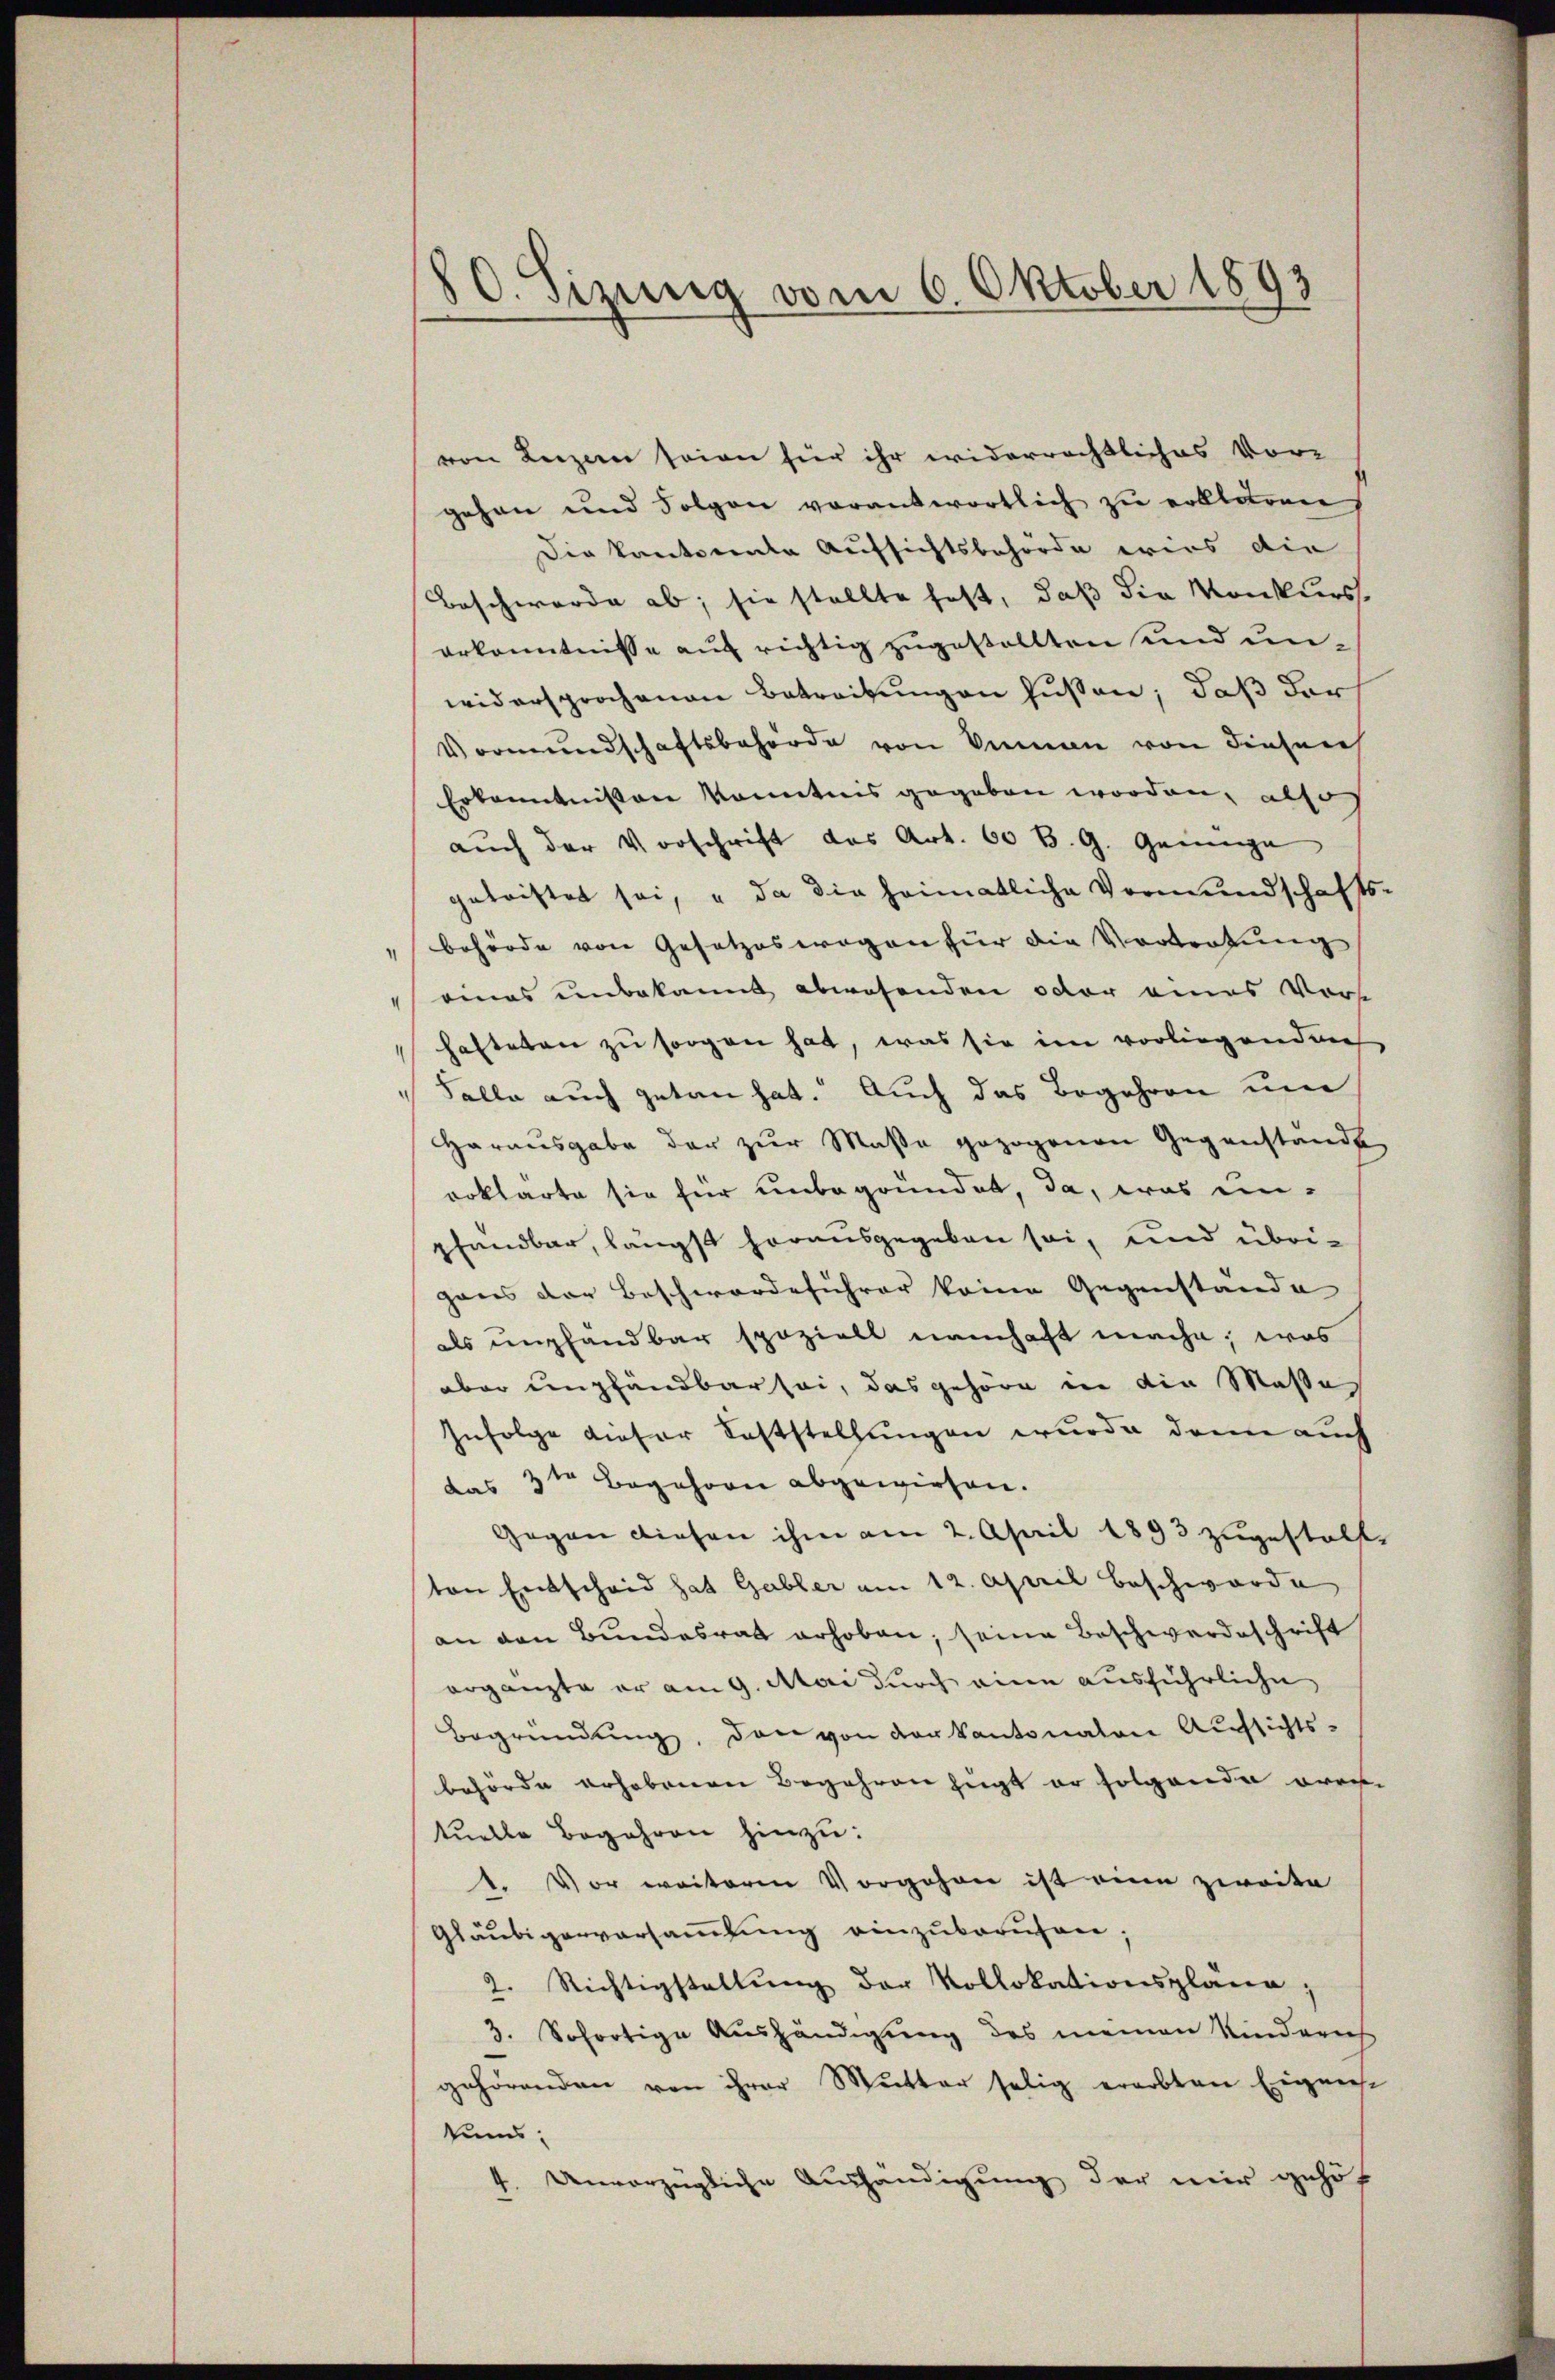
von Luzern seien für ihr widerrechtliches Vor-
gehen und Folgen vorantwortlich zu erklären,
Die kantonente Aufsichtsbehörde erins die
Beschwerde ab, sie stellte fest, daß die Monkurs.
erkenntnisse auf richtig zugestellten und unwidersprochenen Betreitungen hüßen; daß der
Vormundschaftsbehörde von Sinnen von dieser
Erkanntnissen konntnis gegeben worden, also
auch der Vorschrift das Art. 60 B. G. Genüge
getristet sei, u da die heimatliche Vormundschafts-
behörde von Gesetzeswegen für die Vortretung
eines einbekannt abwesenden oder eines Vorst
hafteten zu sorgen hat, was sie im vorliegendes
Felle auch getan hat. Auch das Begehren um
Harausgabe der zur Maße gezogenen Gegenstande
erklärte sie für unbegründet, da, was unpfandbar, längst herausgegeben sei, und übrigaus der Beschwerdeführer keine Gegenstande
als empfandbar spazielt namhaft mache; was
aber empfandbar sei, das gehöre in die Masse
Infolge dieser Feststellungen wurde dann auch
das 3ten Begehren abgewiesen.
Gegen diesen ihm am 2. April 1893 zugestallton Entscheid hat Gabler am 12. April beschwerde
an den Bundesrat erhoben; seine Beschwerdeschrift
ergänzte er am 9. Mai durch eine ausführliche
Begründung, den von der Kantonalen Aufsichts-
behörde erhobenen Begehren fügt er folgende Frei-
tuelle Begehren hinzu:
1. Vor weiteren Vorgehen ist eine zweite
Gläubigerversammlung einzuberufen;
2. Richtigstellŭng der Kollokationsplana,
3. Sofortige Aushändigung des neinen Kinderich
gehörenden von ihrer Mutter selig erarbten Eigenst
kums,
4. Unvorzügliche Aushändigung der mir gehöf

80. Sizung vom 6. Oktober 1893